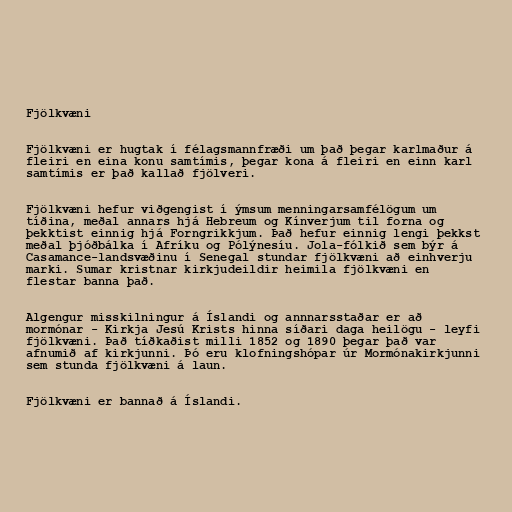
Fjölkvæni

Fjölkvæni er hugtak í félagsmannfræði um það þegar karlmaður á
fleiri en eina konu samtímis, þegar kona á fleiri en einn karl
samtímis er það kallað fjölveri.

Fjölkvæni hefur viðgengist í ýmsum menningarsamfélögum um
tíðina, meðal annars hjá Hebreum og Kínverjum til forna og
þekktist einnig hjá Forngrikkjum. Það hefur einnig lengi þekkst
meðal þjóðbálka í Afríku og Pólýnesíu. Jola-fólkið sem býr á
Casamance-landsvæðinu í Senegal stundar fjölkvæni að einhverju
marki. Sumar kristnar kirkjudeildir heimila fjölkvæni en
flestar banna það.

Algengur misskilningur á Íslandi og annnarsstaðar er að
mormónar - Kirkja Jesú Krists hinna síðari daga heilögu - leyfi
fjölkvæni. Það tíðkaðist milli 1852 og 1890 þegar það var
afnumið af kirkjunni. Þó eru klofningshópar úr Mormónakirkjunni
sem stunda fjölkvæni á laun.

Fjölkvæni er bannað á Íslandi.